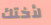
لأختك